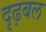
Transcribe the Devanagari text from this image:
दृढ़बल